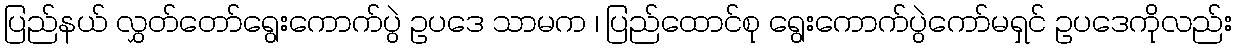
ပြည်နယ် လွှတ်တော်ရွေးကောက်ပွဲ ဥပဒေ သာမက ၊ ပြည်ထောင်စု ရွေးကောက်ပွဲကော်မရှင် ဥပဒေကိုလည်း